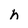
Character: h